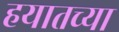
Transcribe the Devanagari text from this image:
हयातच्या